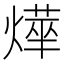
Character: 𭶂